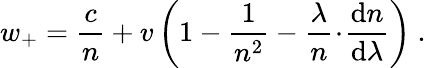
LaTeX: w_{+}={\frac{c}{n}}+v\left(1-{\frac{1}{n^{2}}}-{\frac{\lambda}{n}}\! \cdot\! {\frac{\mathrm{d}n}{\mathrm{d}\lambda}}\right)\ .